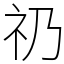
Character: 礽